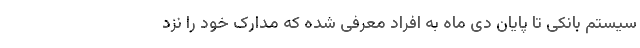
سیستم بانکی تا پایان دی ماه به افراد معرفی شده که مدارک خود را نزد